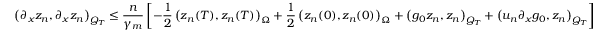
\left( \partial _ { x } z _ { n } , \partial _ { x } z _ { n } \right) _ { Q _ { T } } \leq \frac { n } { \gamma _ { m } } \left[ - \frac { 1 } { 2 } \left( z _ { n } ( T ) , z _ { n } ( T ) \right) _ { \Omega } + \frac { 1 } { 2 } \left( z _ { n } ( 0 ) , z _ { n } ( 0 ) \right) _ { \Omega } + \left( g _ { 0 } z _ { n } , z _ { n } \right) _ { Q _ { T } } + \left( u _ { n } \partial _ { x } g _ { 0 } , z _ { n } \right) _ { Q _ { T } } \right]